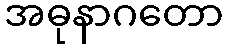
အဓုနာဂတော